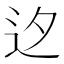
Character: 𨑚